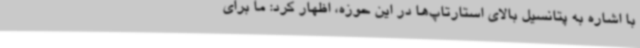
با اشاره به پتانسیل بالای استارتاپ‌ها در این حوزه، اظهار کرد: ما برای